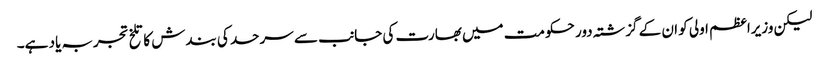
لیکن وزیراعظم اولی کو ان کے گزشتہ دور حکومت میں بھارت کی جانب سے سرحد کی بندش کا تلخ تجربہ یاد ہے۔